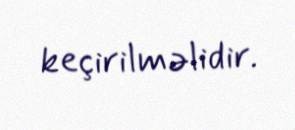
keçirilməlidir.